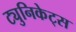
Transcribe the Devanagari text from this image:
ट्युनिकेट्स